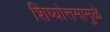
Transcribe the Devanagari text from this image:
शिष्योत्तमामुळे